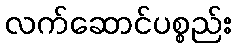
လက်ဆောင်ပစ္စည်း